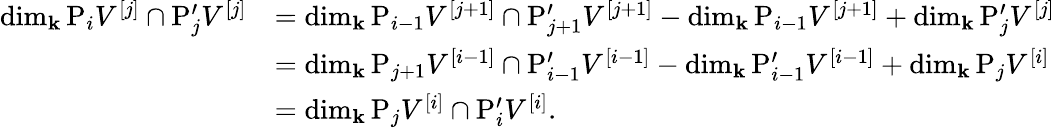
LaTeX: \begin{array}{rl}{\dim_{\mathbf{k}}\mathrm{P}_{i}V^{[j]}\cap\mathrm{P}_{j}^{\prime}V^{[j]}}&{=\dim_{\mathbf{k}}\mathrm{P}_{i-1}V^{[j+1]}\cap\mathrm{P}_{j+1}^{\prime}V^{[j+1]}-\dim_{\mathbf{k}}\mathrm{P}_{i-1}V^{[j+1]}+\dim_{\mathbf{k}}\mathrm{P}_{j}^{\prime}V^{[j]}}\\ &{=\dim_{\mathbf{k}}\mathrm{P}_{j+1}V^{[i-1]}\cap\mathrm{P}_{i-1}^{\prime}V^{[i-1]}-\dim_{\mathbf{k}}\mathrm{P}_{i-1}^{\prime}V^{[i-1]}+\dim_{\mathbf{k}}\mathrm{P}_{j}V^{[i]}}\\ &{=\dim_{\mathbf{k}}\mathrm{P}_{j}V^{[i]}\cap\mathrm{P}_{i}^{\prime}V^{[i]}.}\end{array}